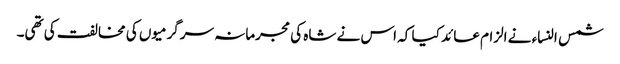
شمس النساء نے الزام عائد کیا کہ اس نے شاہ کی مجرمانہ سرگرمیوں کی مخالفت کی تھی۔